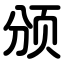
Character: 颁